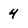
Character: 4